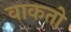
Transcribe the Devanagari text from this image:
वाकतो